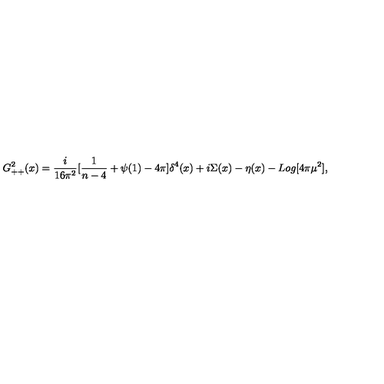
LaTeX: G _ { + + } ^ { 2 } ( x ) = { \frac { i } { 1 6 \pi ^ { 2 } } } [ { \frac { 1 } { n - 4 } } + \psi ( 1 ) - 4 \pi ] \delta ^ { 4 } ( x ) + i \Sigma ( x ) - \eta ( x ) - L o g [ 4 \pi \mu ^ { 2 } ] , \nonumber